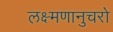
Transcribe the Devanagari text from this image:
लक्ष्मणानुचरो